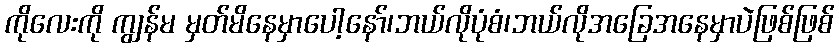
ကိုလေးကို ကျွန်မ မှတ်မိနေမှာပေါ့နော်၊ဘယ်လိုပုံစံ၊ဘယ်လိုအခြေအနေမှာပဲဖြစ်ဖြစ်